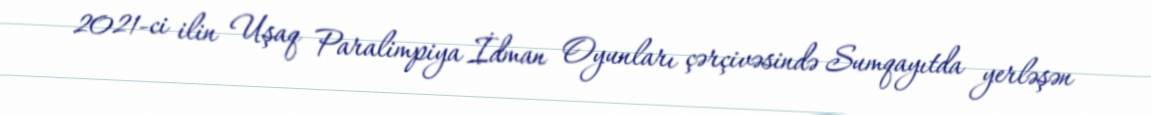
2021-ci ilin Uşaq Paralimpiya İdman Oyunları çərçivəsində Sumqayıtda yerləşən